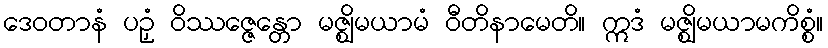
ဒေဝတာနံ ပဉှံ ဝိဿဇ္ဇေန္တော မဇ္ဈိမယာမံ ဝီတိနာမေတိ။ ဣဒံ မဇ္ဈိမယာမကိစ္စံ။